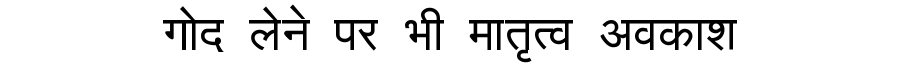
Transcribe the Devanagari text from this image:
गोद लेने पर भी मातृत्व अवकाश